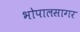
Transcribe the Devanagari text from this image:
भोपालसागर